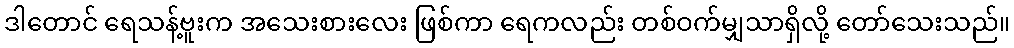
ဒါတောင် ရေသန့်ဗူးက အသေးစားလေး ဖြစ်ကာ ရေကလည်း တစ်ဝက်မျှသာရှိလို့ တော်သေးသည်။